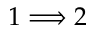
1 \Longrightarrow 2